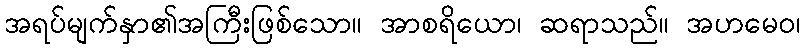
အရပ်မျက်နှာ၏အကြီးဖြစ်သော။ အာစရိယော၊ ဆရာသည်။ အဟမေဝ၊